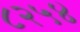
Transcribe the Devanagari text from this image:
८२५४